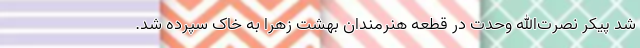
شد پیکر نصرت‌الله وحدت در قطعه هنرمندان بهشت زهرا به خاک سپرده شد.